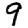
Digit: 9